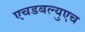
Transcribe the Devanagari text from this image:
एचडबल्युएच